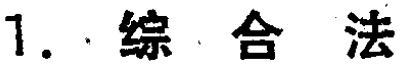
1. 综合法